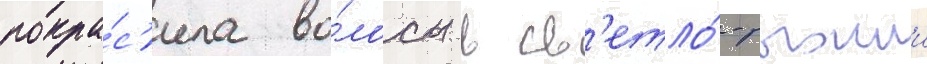
покра́с'ила во́лосы в св'етло́-рыжии